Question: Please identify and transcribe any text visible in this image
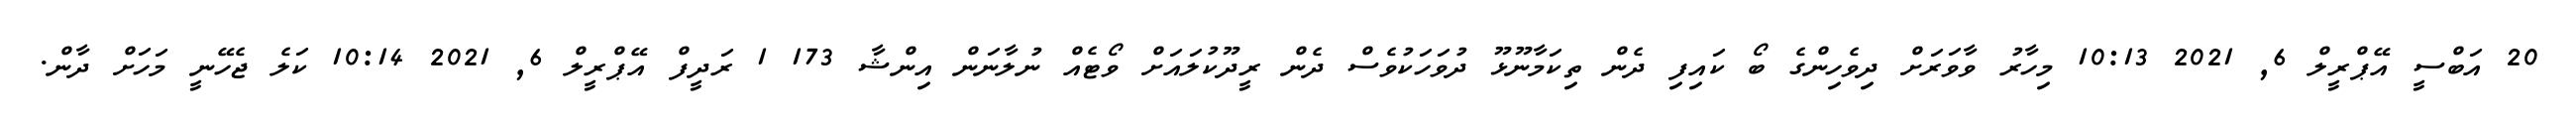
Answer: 20 އަބްސީ އޭޕްރީލް 6, 2021 10:13 މިހާރު ވާވަރަށް ދިވެހިންގެ ބޯ ކައިފި ދެން ތިކަމާނޫޅޫ ދުވަހަކުވެސް ދެން ރީދޫކުލައަށް ވޯޓެއް ނުލާނަން އިންޝާ 173 1 ރަދީފް އޭޕްރީލް 6, 2021 10:14 ކަލެ ޖެހޭނީ މަހަށް ދާން.